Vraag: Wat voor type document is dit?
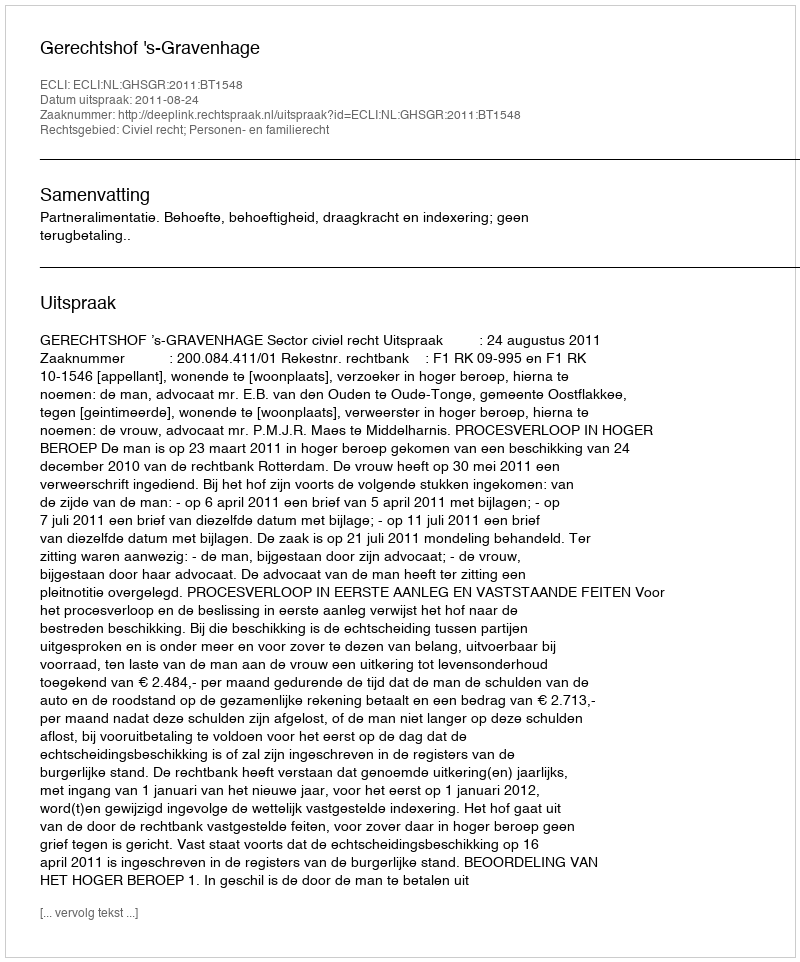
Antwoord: Uitspraak